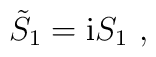
\tilde{S}_1 = {\rm i} S_1 \ ,